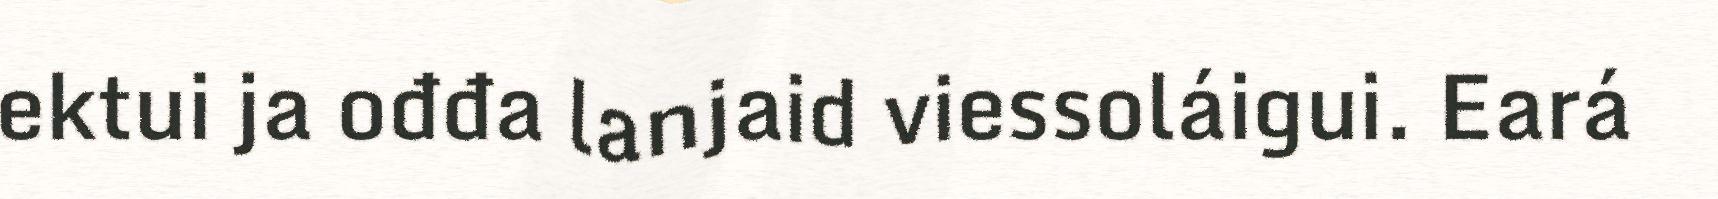
ektui ja ođđa lanjaid viessoláigui. Eará